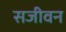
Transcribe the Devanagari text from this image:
सजीवन